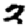
Digit: 2